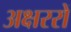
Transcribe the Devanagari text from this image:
अक्षररों